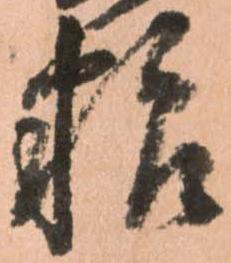
粮